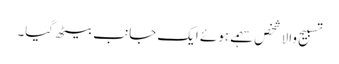
تسبیح والا شخص سہمے ہوئے ایک جانب بیٹھ گیا۔